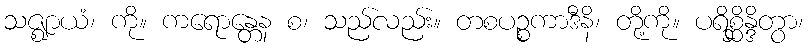
သဇ္ဈာယံ၊ ကို။ ကရောန္တေန စ၊ သည်လည်း။ တစပဉ္စကာဒီနိ၊ တို့ကို။ ပရိစ္ဆိန္ဒိတွာ၊